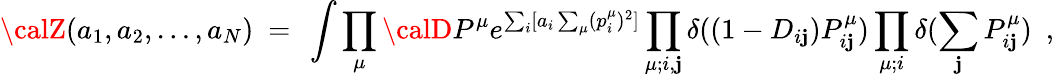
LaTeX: {\calZ}(a_{1},a_{2},\dots,a_{N})~=~\int\prod_{\mu}{\calD}P^{\mu}e^{\sum_{i}[a_{i}\sum_{\mu}(p_{i}^{\mu})^{2}]}\prod_{\mu;i,\mathbf{j}}\delta((1-D_{i\mathbf{j}})P_{i\mathbf{j}}^{\mu})\prod_{\mu;i}\delta(\sum_{\mathbf{j}}P_{i\mathbf{j}}^{\mu})~~,